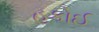
હકોઈ